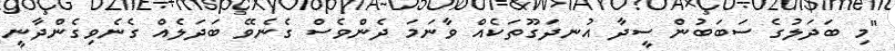
"މި ބަދަލުގެ ސަބަބުން ސީދާ އުނދަގޫތަކެއް ވާނަމަ ދެންވެސް ގެނެވޭ ބަދަލެއް ގެނެވިގެންދާނީ